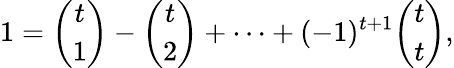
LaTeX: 1={\binom{t}{1}}-{\binom{t}{2}}+\cdots+(-1)^{t+1}{\binom{t}{t}},